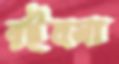
রইবনা